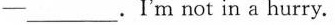
___.I'm not in a hurry.